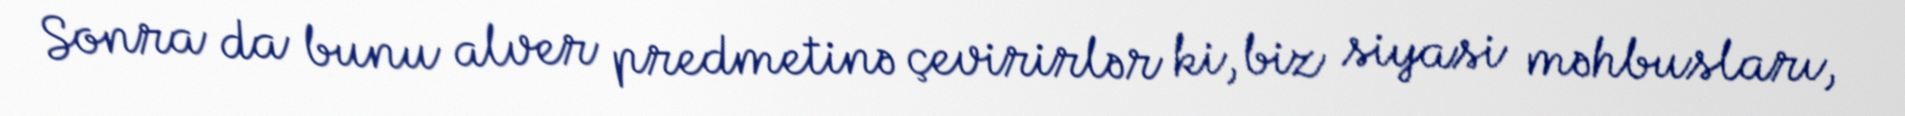
Sonra da bunu alver predmetinə çevirirlər ki, biz siyasi məhbusları,